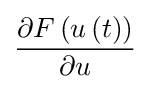
{\frac {\partial F\left(u\left(t\right)\right)}{\partial u}}